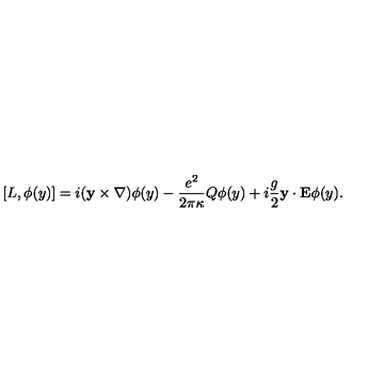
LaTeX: \lbrack L , \phi ( y ) ] = i ( { \bf y } \times { \bf \nabla } ) \phi ( y ) - \frac { e ^ { 2 } } { 2 \pi \kappa } Q \phi ( y ) + i \frac g 2 { \bf y \cdot E } \phi ( y ) .